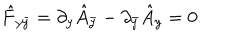
\hat { F } _ { y \bar { y } } = \partial _ { y } \hat { A } _ { \bar { y } } - \partial _ { \bar { y } } \hat { A } _ { y } = 0 .